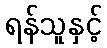
ရန်သူနှင့်